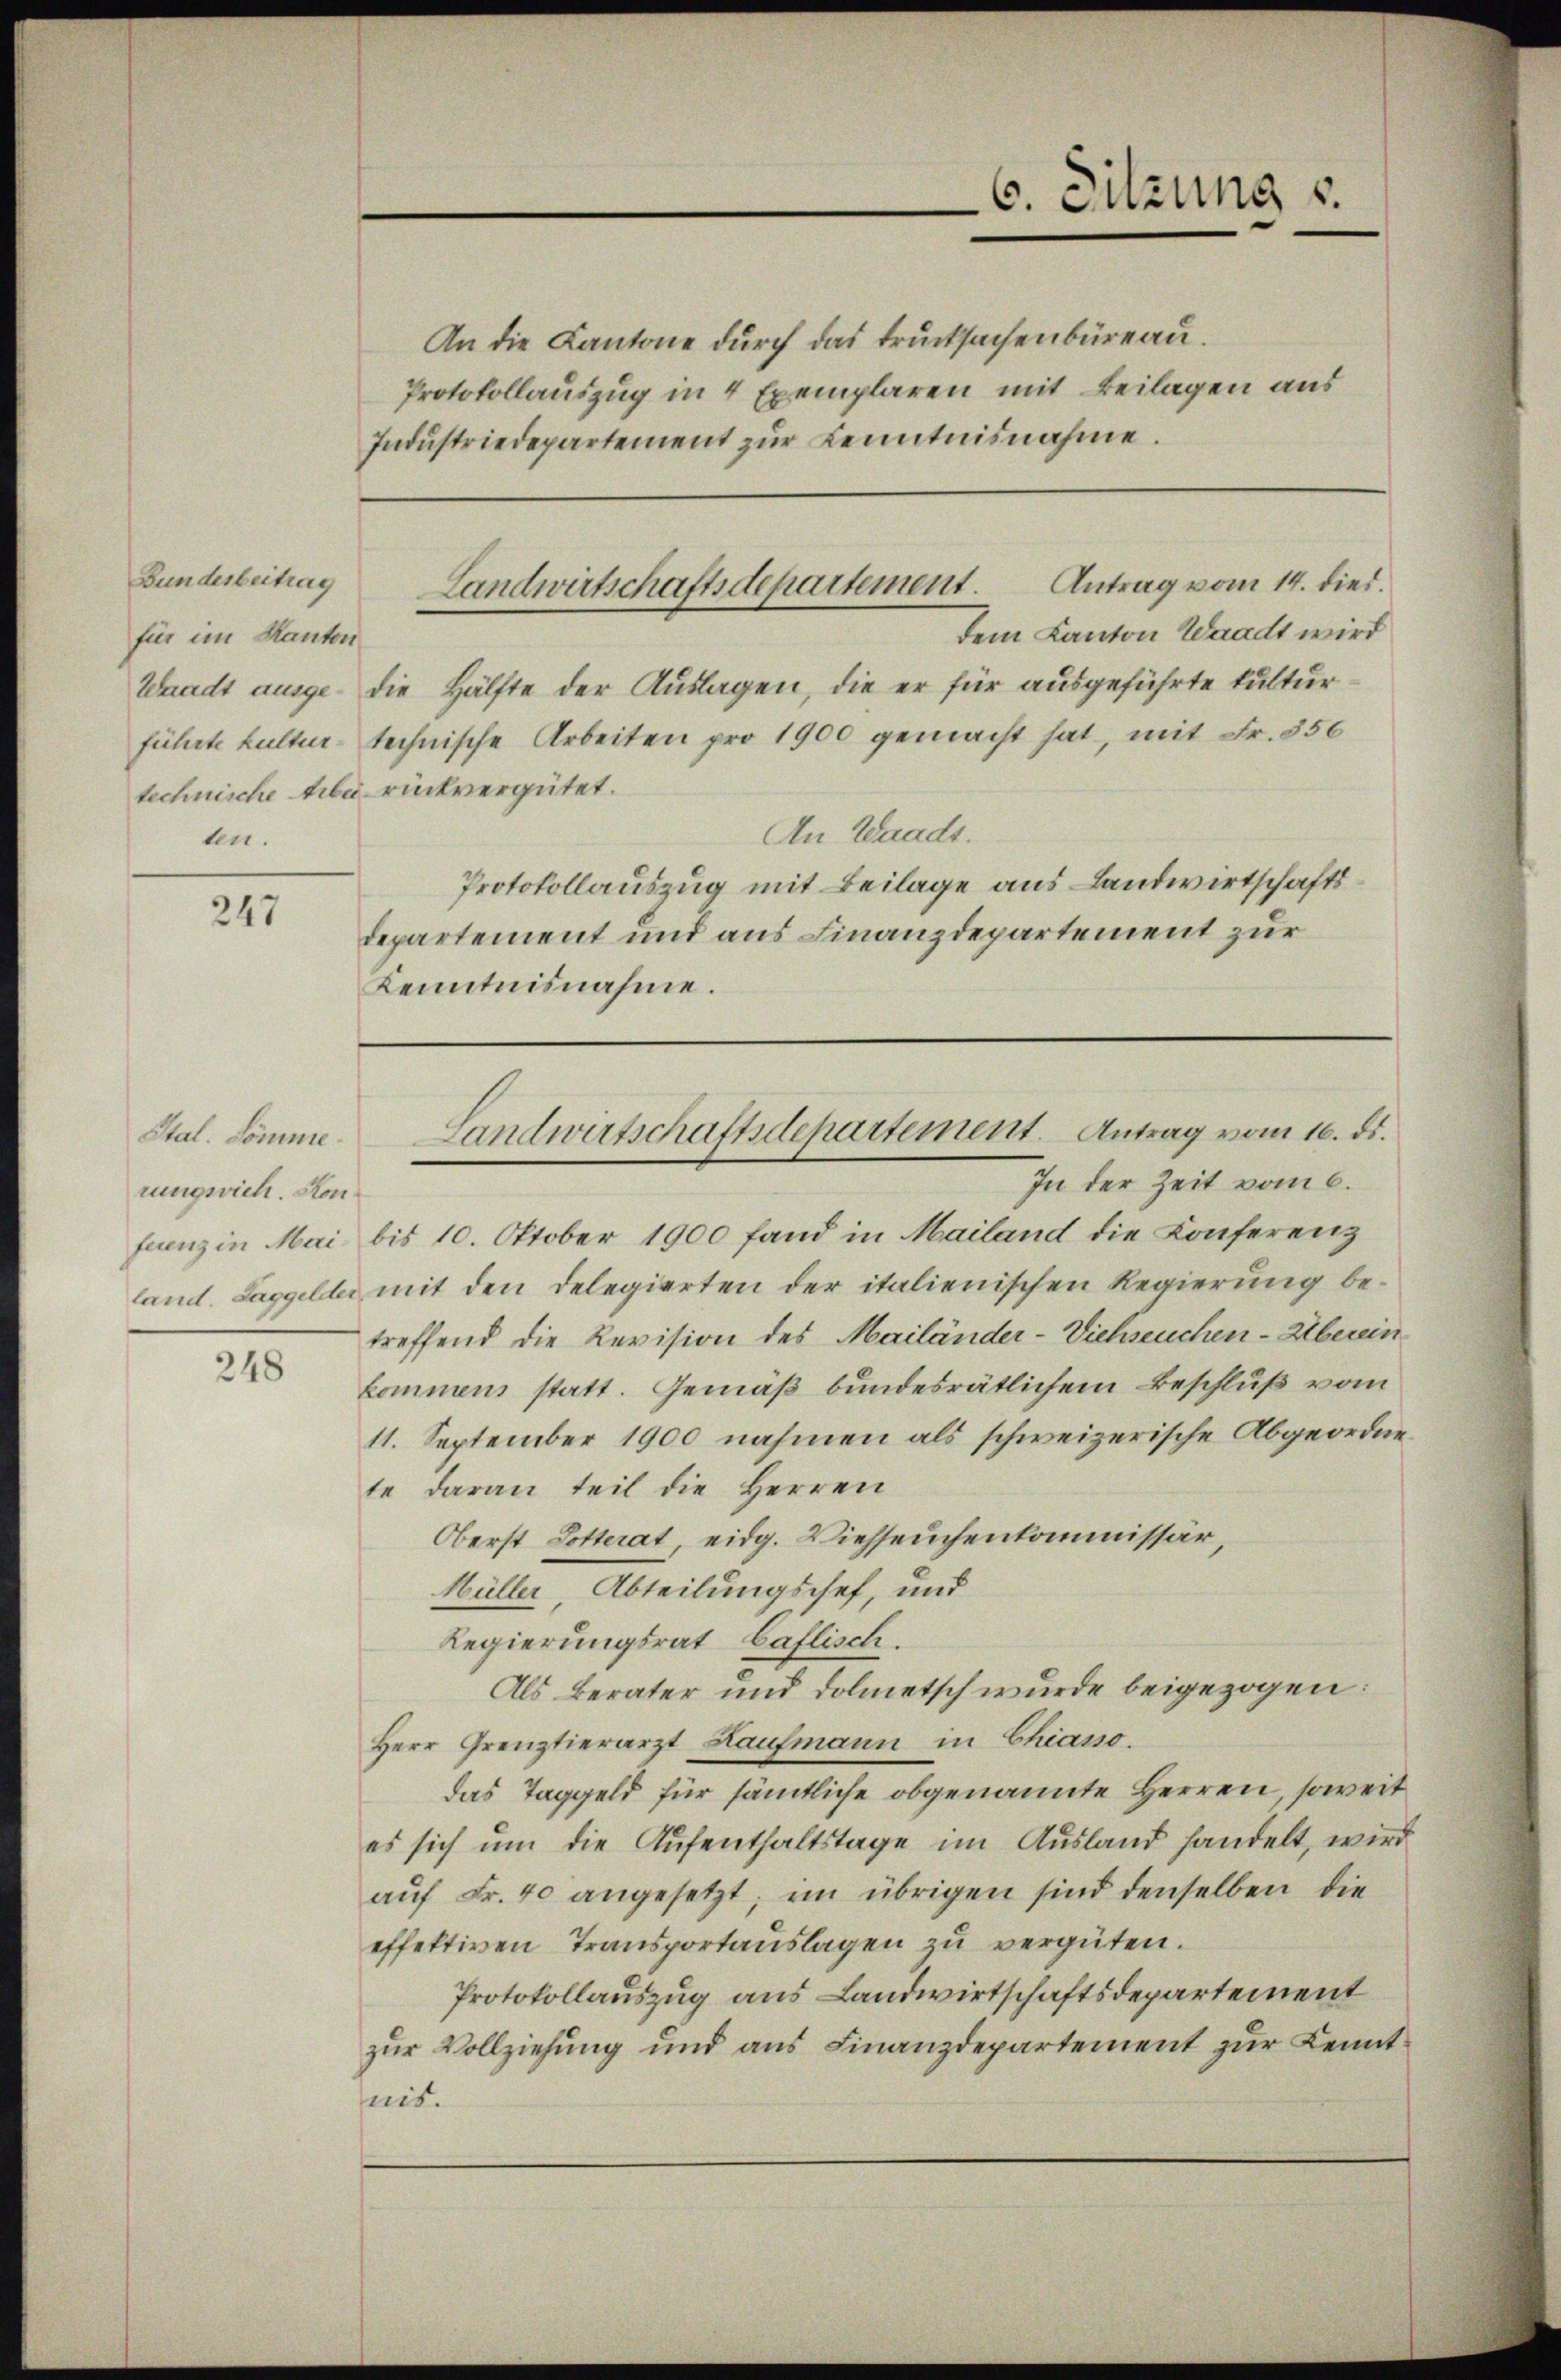
Bundesbeitrag
für im Kanton
Schradt ausgeführte Kulturen.

247

rungsvich. Konfuenz in Mai.

248

An die Kantone durch das trucksachenbüreau.
Protokollauszug in 4 Exemplaren mit Beilagen aus
Industriedepartement zur Kenntnisnahme.

6. Sitzung u.

die Hälfte der Auslagen, die er für ausgeführte Kulturtechnische Arbeiten pro 1900 gemacht hat, mit Fr. 856
technische Arbei rückvergütet.
An Waadt.
Protokollauszug mit Beilage aus Landwirtschaftsdepartement und aus Finanzdepartement zur
Kenntnisnahme.

Landwirtschaftsdepartement. Antrag vom 14. dies
dem Kanton Waadt wird

Stal. Somme. Landwirtschaftsdepartement. Antrag vom 16. ds.
In der Zeit vom 6.

bis 10. Oktober 1900 fand in Mailand die Konferenz
land. Laggeldler mit den Delegierten der italienischen Regierung betreffend die Revision des Mailänder-Viehseuchen-Überein
kommens statt. Gemäß bundesrätlichem Beschluß vom
11. September 1900 nahmen als schweizerische Abgeordne
te daran teil die Herren
Oberst Dotterat, eidg. Viehseuchenkommissär,
Hüller, Abteilungschef, und
Regierungsrat Caflisch.
Als Berater und Dolmetsch wurde beigezogen:
Herr Grenztierarzt Haufmann in Chiasso.
das Taggeld für sämmtliche obgenannte Herren, soweit
es sich um die Aufenthaltstage im Ausland handelt, wird
aŭf Fr. 40 angesetzt; im übrigen sind denselben die
effektiven Transportauslagen zu vergüten.
Protokollauszug aus Landwirtschaftsdepartement
zur Vollziehung und aus Finanzdepartement zur Kenntheit.